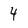
Character: 4